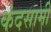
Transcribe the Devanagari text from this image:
कंदसामी